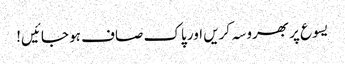
یسوع پر بھروسہ کریں اور پاک صاف ہو جائیں!